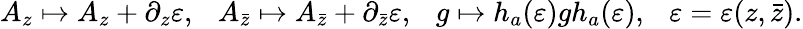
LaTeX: A_{z}\mapsto A_{z}+\partial_{z}\varepsilon,~~~A_{\bar{z}}\mapsto A_{\bar{z}}+\partial_{\bar{z}}\varepsilon,~~~g\mapsto h_{a}(\varepsilon)gh_{a}(\varepsilon),~~~\varepsilon=\varepsilon(z,\bar{z}).